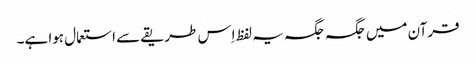
قرآن میں جگہ جگہ یہ لفظ اِس طریقے سے استعمال ہوا ہے۔